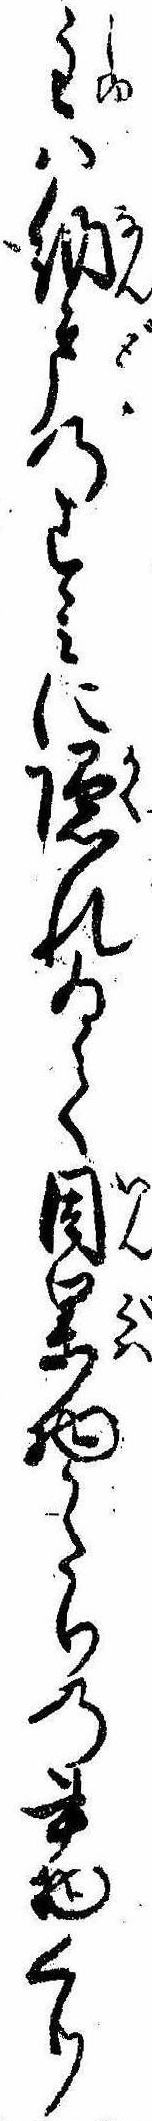
主は納戸のすみに隠れゐて因果物かたりの書物くり